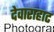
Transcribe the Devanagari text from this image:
देवाराहाट